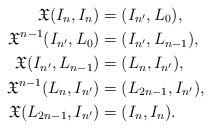
LaTeX: \begin{align*}\mathfrak{X}(I_n, I_n)&=(I_{n^{\prime}}, L_0),\\\mathfrak{X}^{n-1}(I_{n^{\prime}}, L_0)&=(I_{n^{\prime}}, L_{n-1}),\\\mathfrak{X}(I_{n^{\prime}}, L_{n-1})&=(L_{n}, I_{n^{\prime}}),\\\mathfrak{X}^{n-1}(L_{n}, I_{n^{\prime}})&=(L_{2n-1}, I_{n^{\prime}}),\\\mathfrak{X}(L_{2n-1}, I_{n^{\prime}})&=(I_{n}, I_{n}).\end{align*}